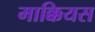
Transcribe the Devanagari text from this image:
माक्कियस